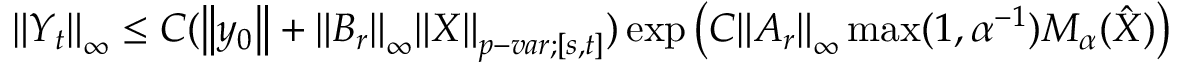
\begin{array} { r } { { \left\lVert { Y _ { t } } \right\rVert } _ { \infty } \leq C ( { \left\lVert { y _ { 0 } } \right\rVert } + { \left\lVert { B _ { r } } \right\rVert } _ { \infty } { \left\lVert { \boldsymbol { X } } \right\rVert } _ { p - v a r ; [ s , t ] } ) \exp \left( C { \left\lVert { A _ { r } } \right\rVert } _ { \infty } \operatorname* { m a x } ( 1 , \alpha ^ { - 1 } ) M _ { \alpha } ( \boldsymbol { \hat { X } } ) \right) } \end{array}